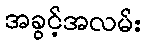
အခွင့်အလမ်း